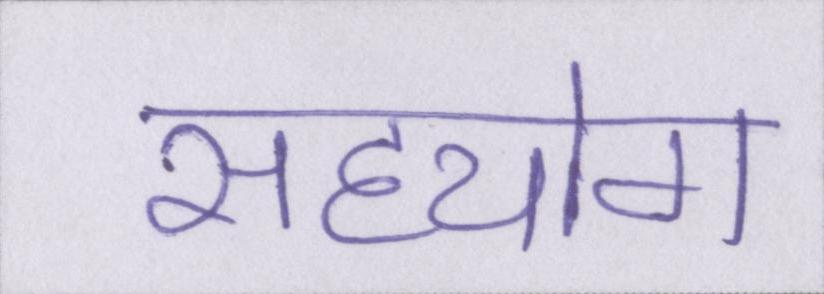
सहयोग